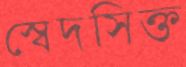
স্বেদসিক্ত